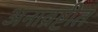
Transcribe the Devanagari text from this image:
अनाव्रष्टीत